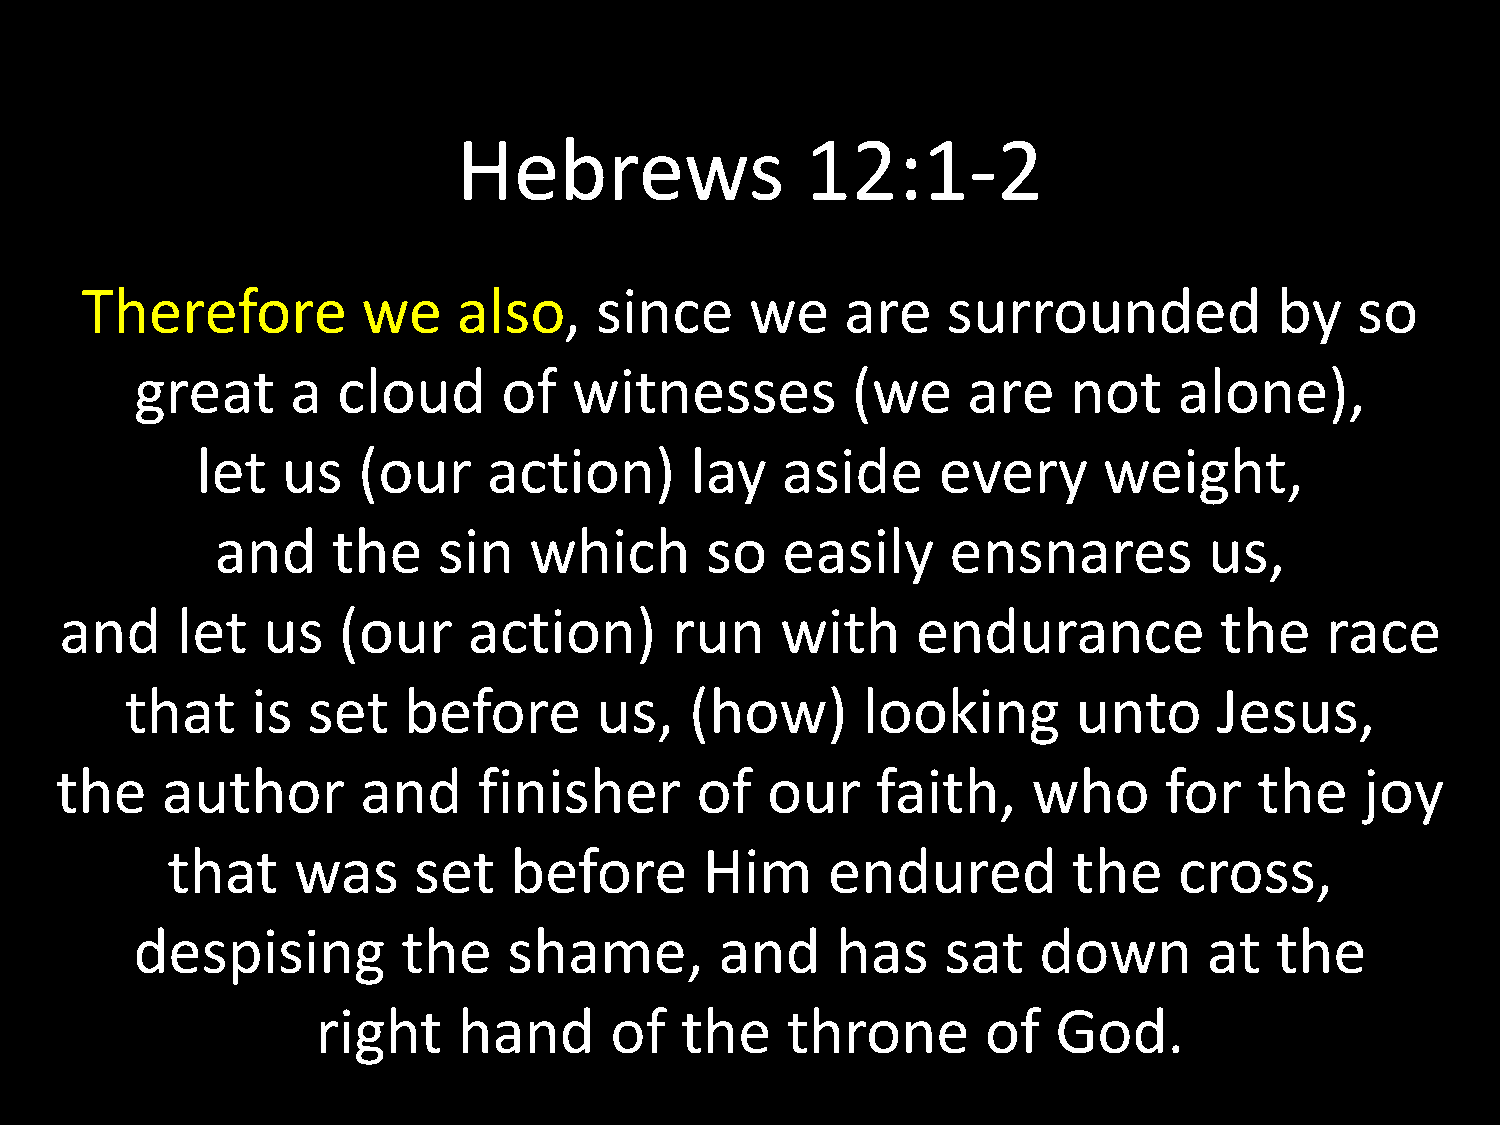
Hebrews                12:1-2
 Therefore          we    also,    since      we    are    surrounded            by   so
 great     a  cloud      of   witnesses         (we     are    not    alone),
 let   us   (our    action)       lay   aside     every      weight,
 and     the    sin   which       so   easily     ensnares         us,
 and     let  us   (our     action)      run     with     endurance           the    race
 that     is set    before      us,    (how)      looking       unto      Jesus,
 the    author       and     finisher      of   our    faith,    who      for   the    joy
 that    was     set    before       Him     endured         the    cross,
 despising         the    shame,        and    has     sat   down       at  the
 right    hand      of   the    throne       of   God.